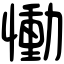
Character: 慟